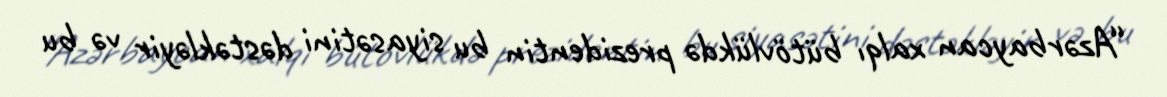
“Azərbaycan xalqı bütövlükdə prezidentin bu siyasətini dəstəkləyir və bu